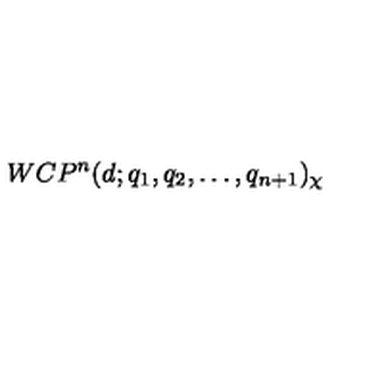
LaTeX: W C P ^ { n } ( d ; q _ { 1 } , q _ { 2 } , \dots , q _ { n + 1 } ) _ { \chi }